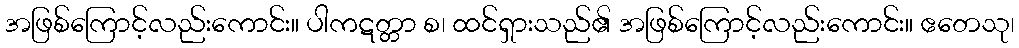
အဖြစ်ကြောင့်လည်းကောင်း။ ပါကဋတ္တာ စ၊ ထင်ရှားသည်၏ အဖြစ်ကြောင့်လည်းကောင်း။ ဧတေသု၊